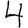
Digit: 4